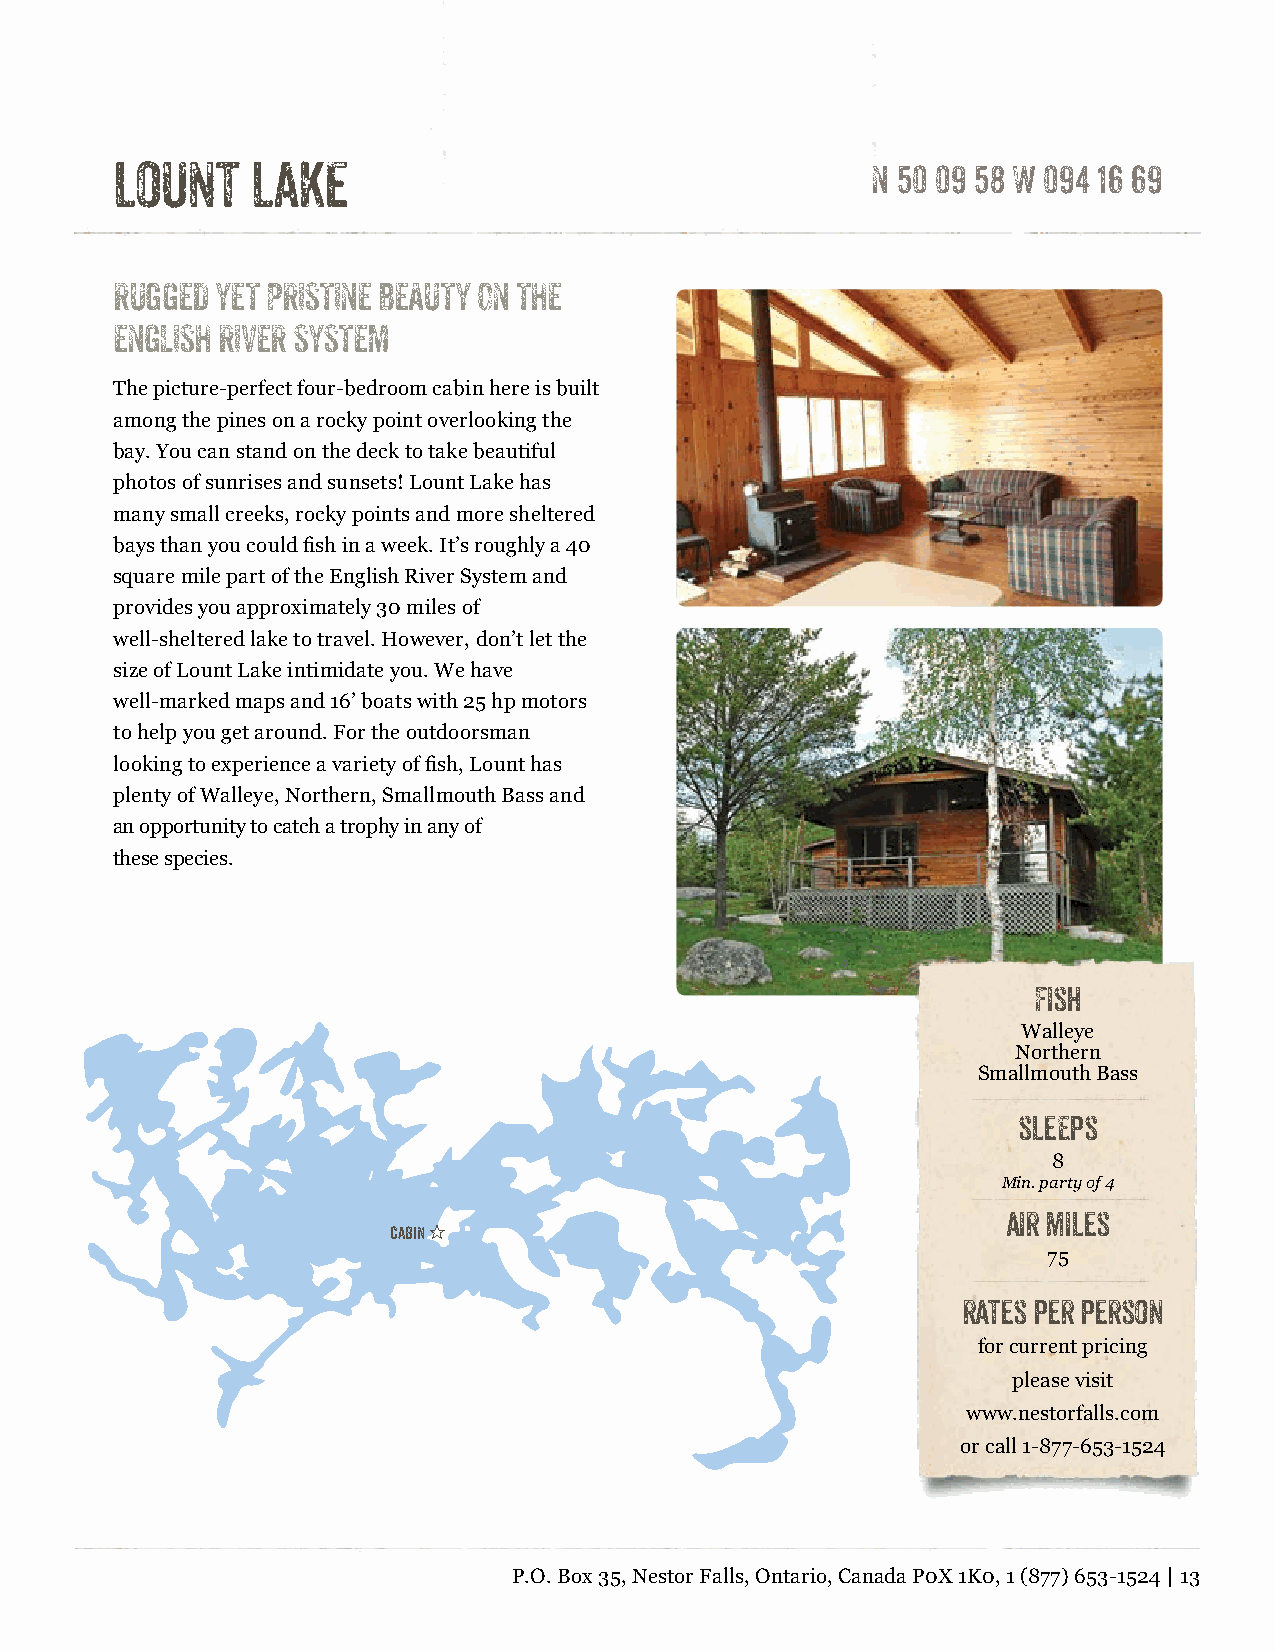
lount     lake                                     N 50 09 58 W 094 16 69
 RUGGED YET PRISTINE BEAUTY ON THE
 ENGLISH RIVER SYSTEM
 The picture-perfect four-bedroom cabin here is built
 among the pines on a rocky point overlooking the
 bay. You can stand on the deck to take beautiful
 photos of sunrises and sunsets! Lount Lake has
 many small creeks, rocky points and more sheltered
 bays than you could fish in a week. It’s roughly a 40
 square mile part of the English River System and
 provides you approximately 30 miles of
 well-sheltered lake to travel. However, don’t let the
 size of Lount Lake intimidate you. We have
 well-marked maps and 16’ boats with 25 hp motors
 to help you get around. For the outdoorsman
 looking to experience a variety of fish, Lount has
 plenty of Walleye, Northern, Smallmouth Bass and
 an opportunity to catch a trophy in any of
 these species.
 Fish
 Walleye
 Northern
 Smallmouth Bass
 slEEps
 8
 Min. party of 4
 air miles
 cabin "
 75
 rates per person
 for current pricing
 please visit
 www.nestorfalls.com
 or call 1-877-653-1524
 P.O. Box 35, Nestor Falls, Ontario, Canada P0X 1K0, 1 (877) 653-1524 | 13